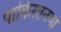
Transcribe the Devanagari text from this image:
पाकिस्तनचा